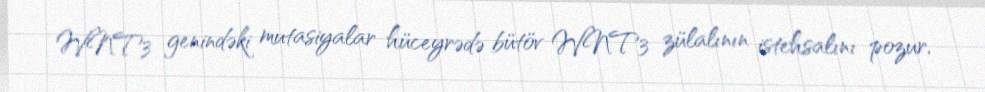
WNT3 genindəki mutasiyalar hüceyrədə bütöv WNT3 zülalının istehsalını pozur,